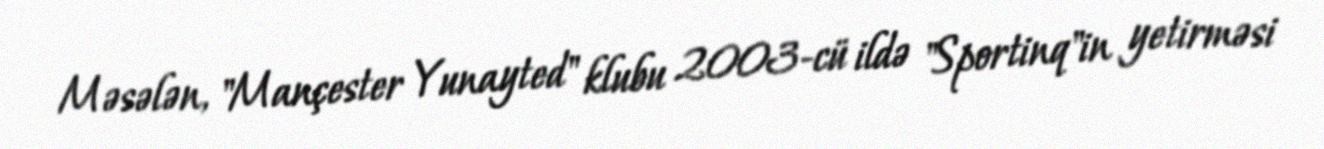
Məsələn, "Mançester Yunayted" klubu 2003-cü ildə "Sportinq"in yetirməsi